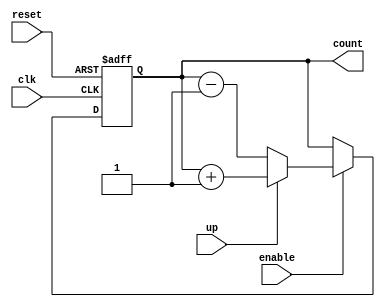
module up_down_counter (
    input wire clk,       // Clock signal
    input wire reset,     // Asynchronous reset signal
    input wire up,        // Count up control signal
    input wire enable,     // Enable counting
    output reg [7:0] count // 8-bit counter output
);

// Asynchronous reset logic
always @(posedge clk or posedge reset) begin
    if (reset) begin
        count <= 8'b0; // Reset counter to 0
    end else if (enable) begin
        if (up) begin
            count <= count + 1; // Increment the counter
        end else begin
            count <= count - 1; // Decrement the counter
        end
    end
    // If enable is low, do nothing (hold current count)
end

endmodule